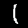
Label: 1